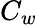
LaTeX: C_{w}